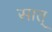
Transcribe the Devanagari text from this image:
सात्